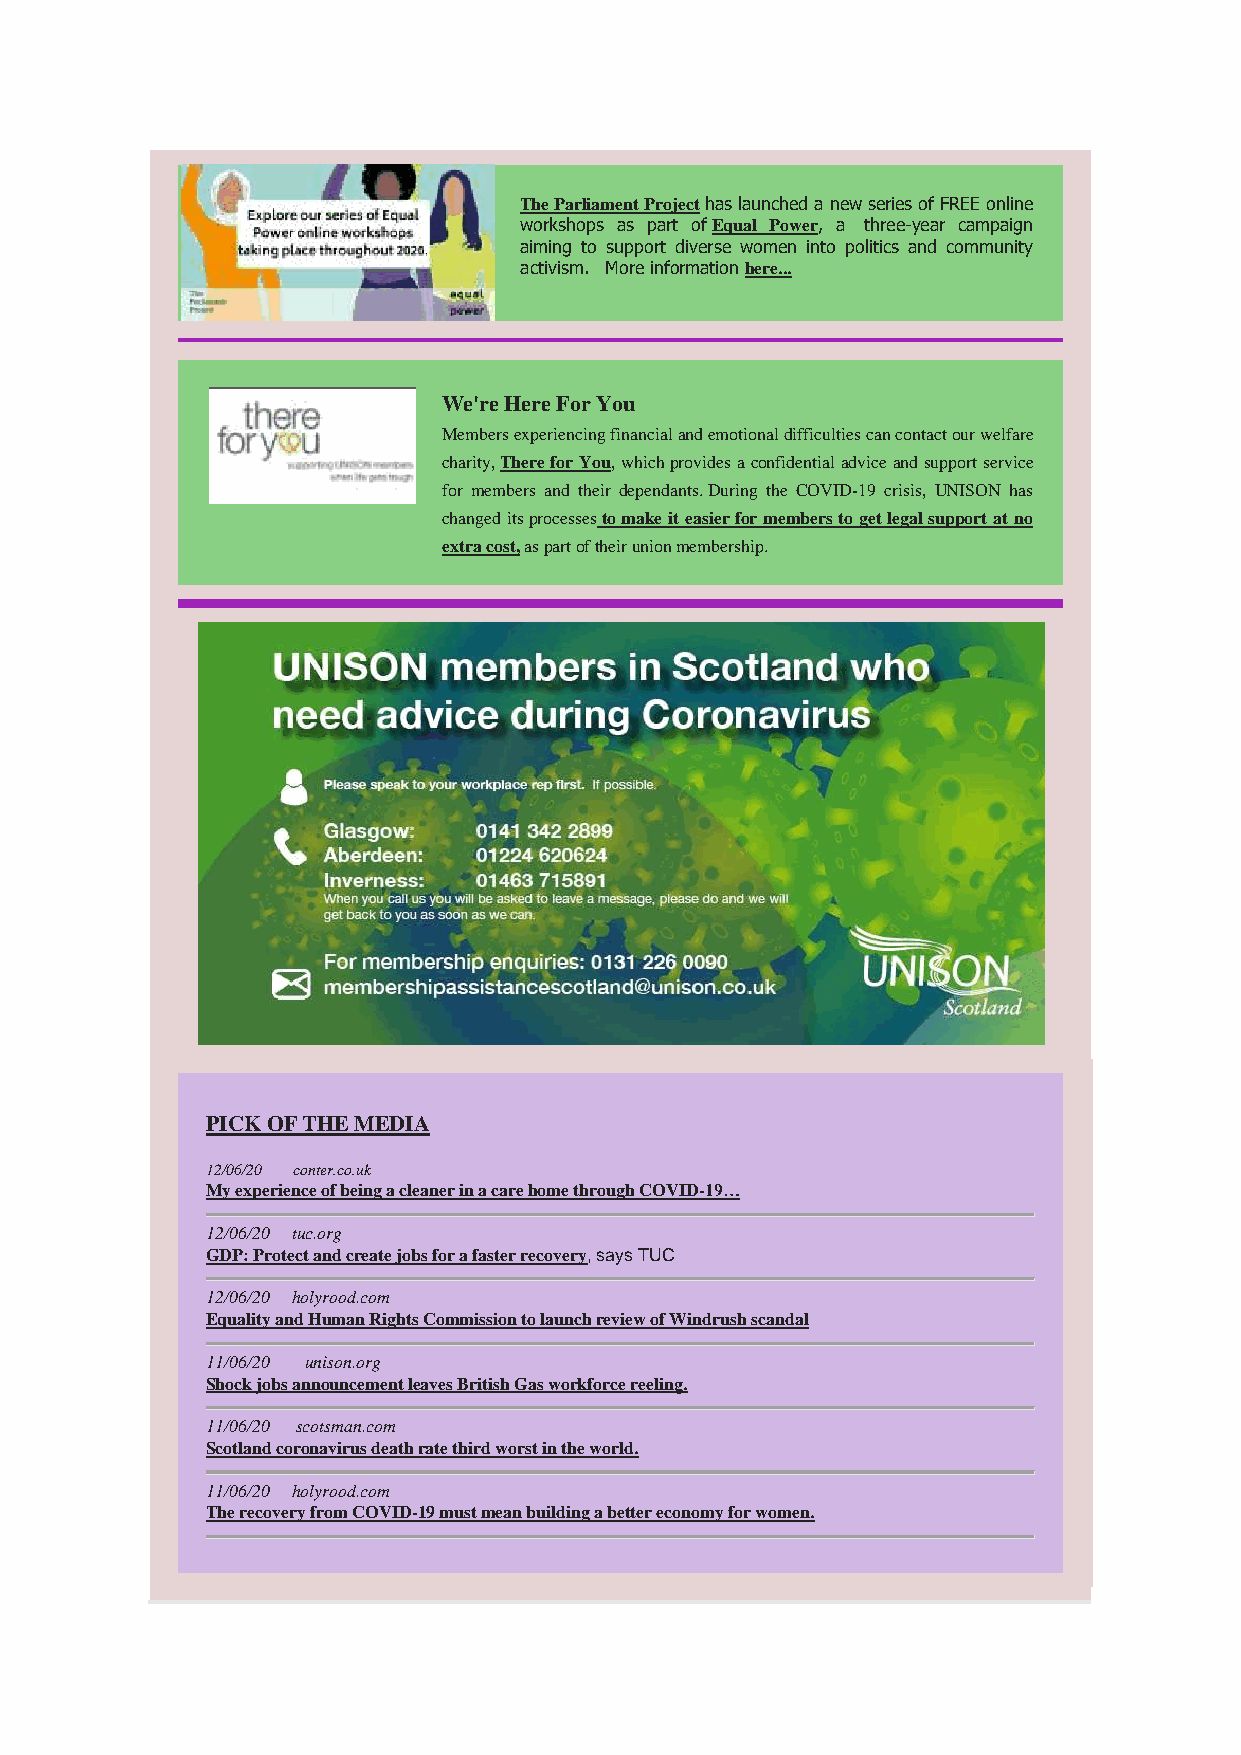
The Parliament Project has launched a new series of FREE online
 workshops as part of Equal Power, a three-year campaign
 aiming to support diverse women into politics and community
 activism. More information here...
 We're Here For You
 Members experiencing financial and emotional difficulties can contact our welfare
 charity, There for You, which provides a confidential advice and support service
 for members and their dependants. During the COVID-19 crisis, UNISON has
 changed its processes to make it easier for members to get legal support at no
 extra cost, as part of their union membership.
 PICK OF THE MEDIA
 12/06/20 conter.co.uk
 My experience of being a cleaner in a care home through COVID-19…
 12/06/20 tuc.org
 GDP: Protect and create jobs for a faster recovery, says TUC
 12/06/20 holyrood.com
 Equality and Human Rights Commission to launch review of Windrush scandal
 11/06/20 unison.org
 Shock jobs announcement leaves British Gas workforce reeling.
 11/06/20 scotsman.com
 Scotland coronavirus death rate third worst in the world.
 11/06/20 holyrood.com
 The recovery from COVID-19 must mean building a better economy for women.